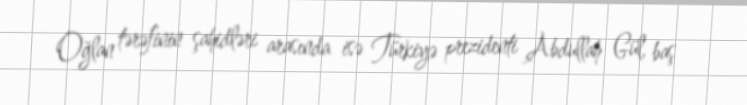
Oğlan tərəfinin şahidləri arasında isə Türkiyə prezidenti Abdullah Gül, baş